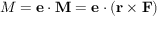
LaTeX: M = \mathbf { e } \cdot \mathbf { M } = \mathbf { e } \cdot ( \mathbf { r } \times \mathbf { F } )